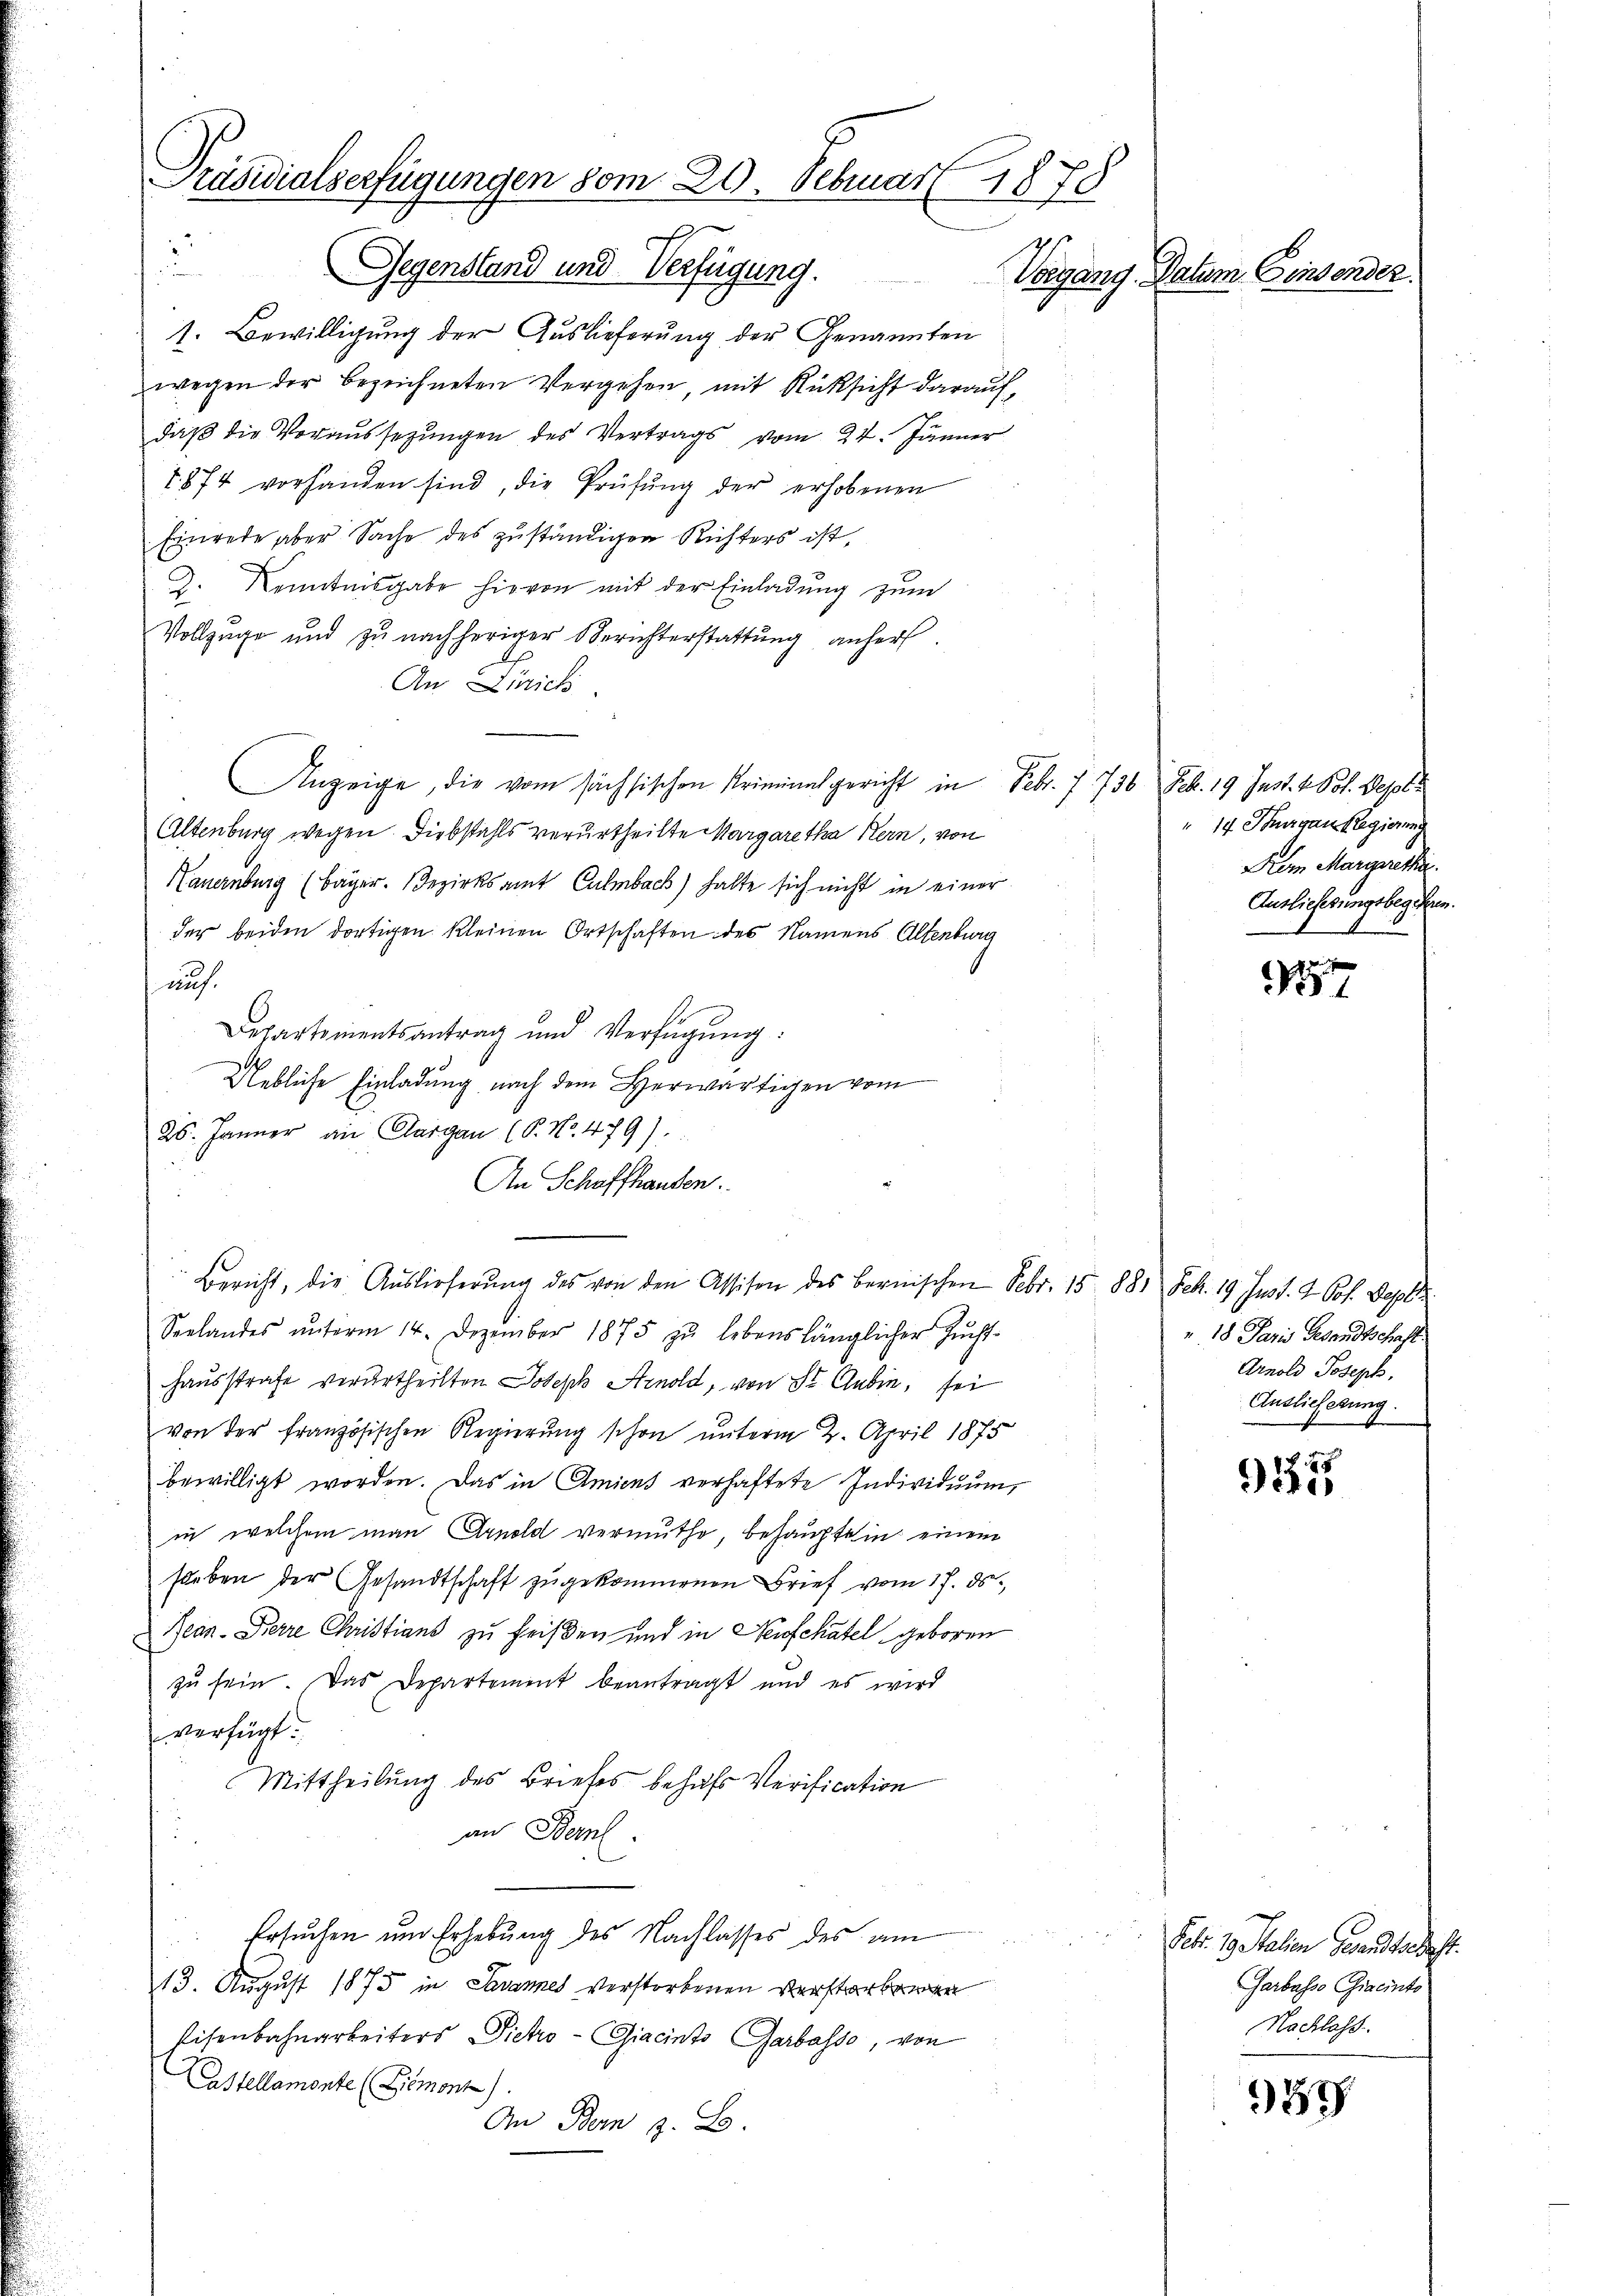
Präsidialserfügungen vom 20. Sebruar 1878
1
Gegensland und Verfügung.
d
Vorgang. Datum. Einsender.

1. Bewilligung der Auslieferung der Genannten
wegen der bezeichneten Vergehen, mit Rücksicht darauf,
daβ die Voraussetzungen des Vertrags vom 24. Jänner
1874 vorhanden sind, die Prüfŭng der erhobenen
Einrede aber Sache des zuständigen Richters ist,
2. Kenntnisgabe hievon mit der Einladung zum
Vollzuge und zu nachheriger Berichterstattung anhers.
dp
An Zürich
Anzeige, die vom sächsischen Kriminalgericht in Febr. 7 736 Feb. 19 Jnst. 4 Pol. Dept¬
Altenburg wegen. Diebstahls verurtheilte Margaretha Kern, von
Hauernburg (Bayer. Bezirksamt Culmbach) halte sich nicht in einer
der beiden dortigen kleinen Ortschaften des Namens Altenburg
auf.
Departementsantrag und Verfügŭng:
Uebliche Einladung nach dem Herwärtigen vom
25. Jänner an Aargau (S. Nr. 479).
An Schaffhausen.
Bericht, die Auslieferŭng des von den Assison des bernischen Febr. 15. 881 Feb. 19. Just. 2. Joh. Beyl
Seelandes ŭnterm 14. Dezember 1875 zŭ lebenslänglicher Zŭcht-
Hausstrafe verurtheilten Joseph Arnold, von St. Gubin, sei
von der französischen Regierung schon unterm 2. April 1875
bewilligt worden. Das in Amiens verhaftete Individuum,
in welchem man Arnold vermuthe, behauptein einem
sleben der Gesandtschaft zugekommenen Brief vom 17. ds.
Jean Perre Christians zu heißen und in Neufchatel geboren
zŭ sein. Das Departement beantragt und es wird
verfügt.
Mittheilung des Briefes behufs Verification
an Bern.
Ersuchen um Erhebung des Nachlasses des am
13. August 1875 in Savannes verstorbenen verstorbenen
Eisenbahnarbeiters Pietro -Giacinto Garbasso, von
Castellamonte (Limont).
An Bern z. B.

" 14 Thurgau Regierung
Prem Margaretha
Auslieferungsbegehen.

157

18. Paris Gesandtschaft.
Arnold Joseph.
Auslieferung.

911

Febr. 19 Stalien Gesandtschaft.
Garbasso Giacinto
Nachlass

87